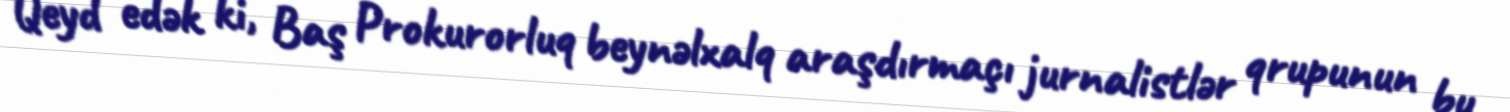
Qeyd edək ki, Baş Prokurorluq beynəlxalq araşdırmaçı jurnalistlər qrupunun bu